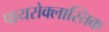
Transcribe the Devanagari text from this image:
पायरोक्लास्तिक